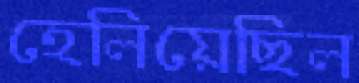
হেলিয়েছিল